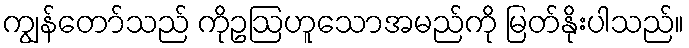
ကျွန်တော်သည် ကိုဥဩဟူသောအမည်ကို မြတ်နိုးပါသည်။